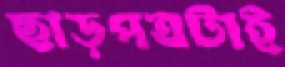
ছাড়পত্রটাই